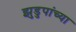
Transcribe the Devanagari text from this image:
झुडुपांच्या